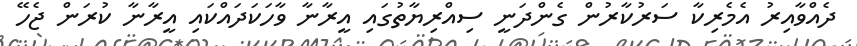
ދެއްވާއިރު އެމެރިކާ ސަރުކާރުން ގެންދަނީ ސިއްރިޔާތުގައި އީރާނާ ވާހަކަދައްކައި އީރާނާ ކުރަން ޖެހޭ